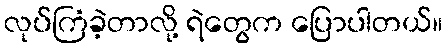
လုပ်ကြံခဲ့တာလို့ ရဲတွေက ပြောပါတယ်။